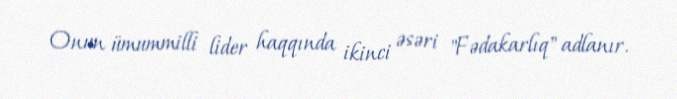
Onun ümummilli lider haqqında ikinci əsəri "Fədakarlıq" adlanır.